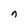
Character: n